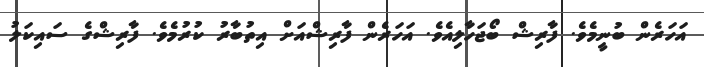
އަހަރެން ބުނީމެވެ. ފާރިޝް ބޯޖަހާލިއެވެ. އަހަރެން ފާރިޝްއަށް އިތުބާރު ކުރުމެވެ. ފާރިޝްގެ ސައިކަލު